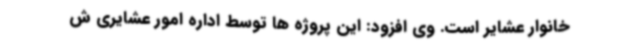
خانوار عشایر است. وی افزود: این پروژه ها توسط اداره امور عشایری ش